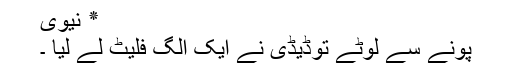
٭ نیوی
پونے سے لوٹے توڈیڈی نے ایک الگ فلیٹ لے لیا ۔